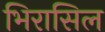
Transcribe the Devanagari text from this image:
भिरासिल